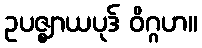
ဥပဇ္ဈာယပုဒ် ဝိဂ္ဂဟ။